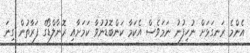
އެންމެ ރަނގަޅަށް ނުހިފުނު ނަމަވެސް އެކަމާ ކަންބޮޑުނުވާ ކަމަށާއި ރޮނާލްޑޯގެ ފަރާތުން ގިނަ